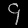
Digit: ၄